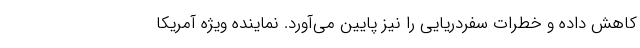
کاهش داده و خطرات سفردریایی را نیز پایین می‌آورد. نماینده ویژه آمریکا